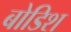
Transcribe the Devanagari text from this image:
बोडिश